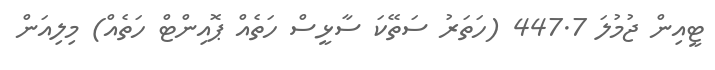
ޓީއިން ޖުމުލަ 447.7 (ހަތަރު ސަތޭކަ ސާޅީސް ހަތެއް ޕޮއިންޓް ހަތެއް) މިލިއަން